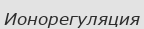
Ионорегуляция